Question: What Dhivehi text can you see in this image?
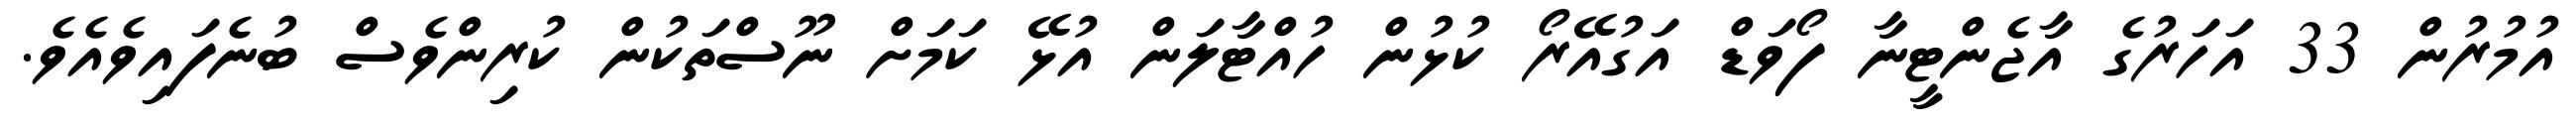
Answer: އުމުރުން 33 އަހަރުގެ އާޖެންޓީނާ ފޯވަޑް އަގުއޭރޯ ކުޅުން ހުއްޓާލަން އުޅޭ ކަމަށް ނޫސްތަކުން ކުރިންވެސް ބުނެފައިވެއެވެ.